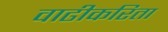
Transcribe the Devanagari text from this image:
वाढीकरिता